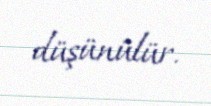
düşünülür.